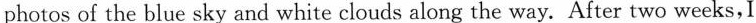
photos of the blue sky and white clouds along the way. After two weeks,I